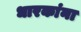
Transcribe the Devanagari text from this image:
धारकांना